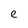
Character: e